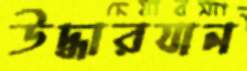
উদ্ধারযান